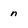
Character: n